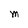
Character: M